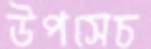
উপসেচ